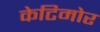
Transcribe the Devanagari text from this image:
केटिमोर